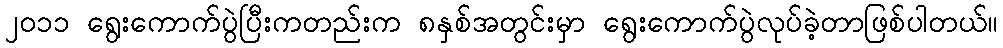
၂၀၁၁ ရွေးကောက်ပွဲပြီးကတည်းက ၈နှစ်အတွင်းမှာ ရွေးကောက်ပွဲလုပ်ခဲ့တာဖြစ်ပါတယ်။